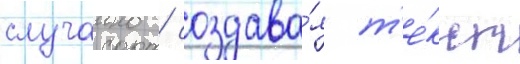
случаино / создава́я т'е́кст